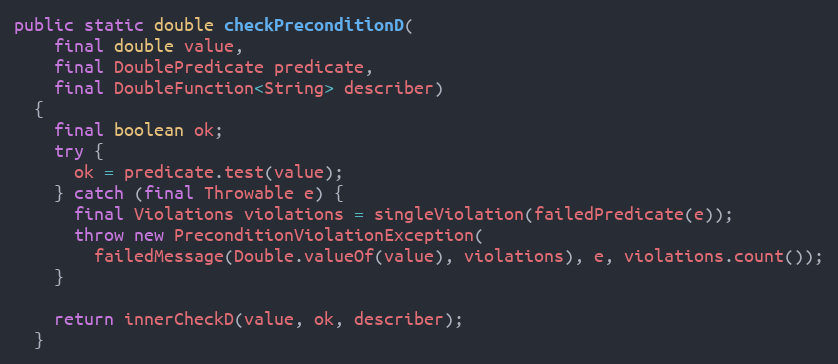
Language: Java
public static double checkPreconditionD(
    final double value,
    final DoublePredicate predicate,
    final DoubleFunction<String> describer)
  {
    final boolean ok;
    try {
      ok = predicate.test(value);
    } catch (final Throwable e) {
      final Violations violations = singleViolation(failedPredicate(e));
      throw new PreconditionViolationException(
        failedMessage(Double.valueOf(value), violations), e, violations.count());
    }

    return innerCheckD(value, ok, describer);
  }